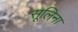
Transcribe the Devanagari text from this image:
सूलिना